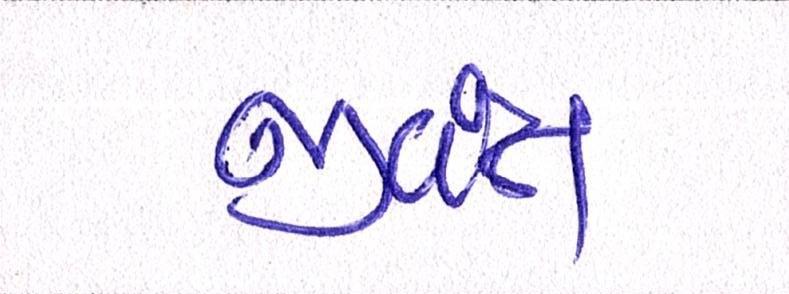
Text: જીવંત